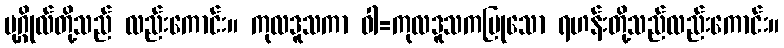
ပုဂ္ဂိုလ်တို့သည် လည်းကောင်း။ ကုလဒူသကာ ဝါ=ကုလဒူသကပြုသော ရဟန်းတို့သည်လည်းကောင်း။